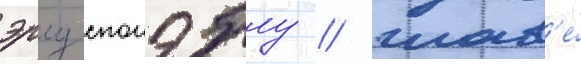
эрлу спонэблу / глав'е́